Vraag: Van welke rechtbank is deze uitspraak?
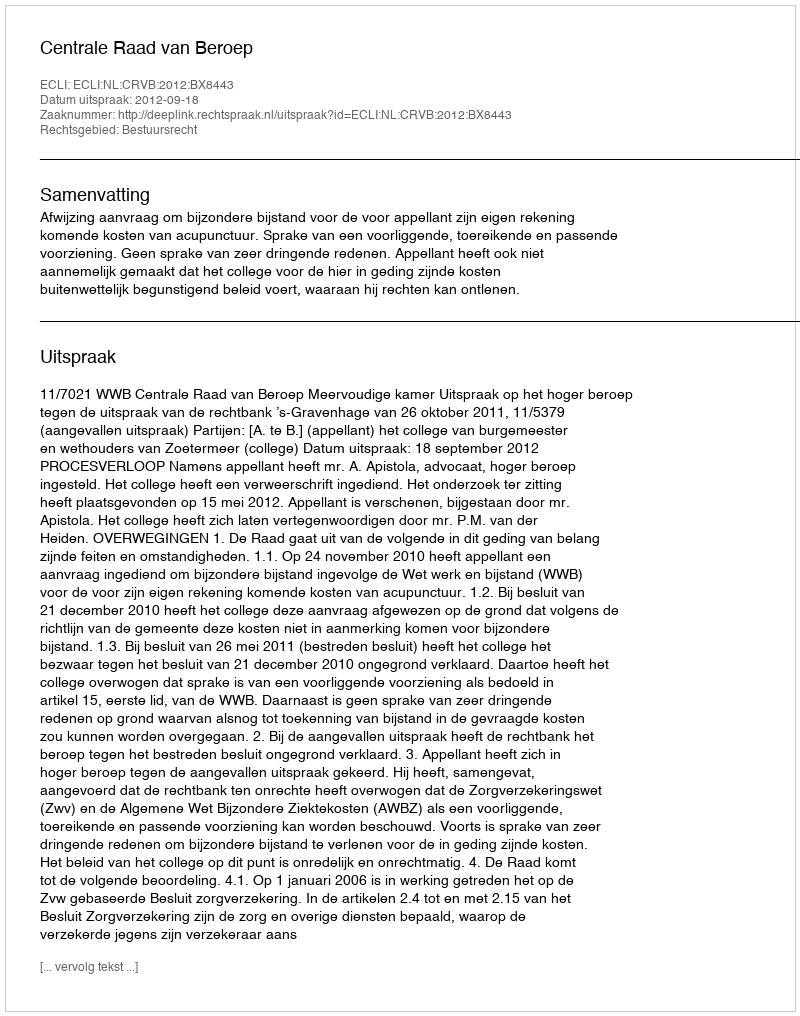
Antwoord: Centrale Raad van Beroep